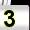
Digit: 3